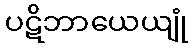
ပဋိဘာယေယျုံ